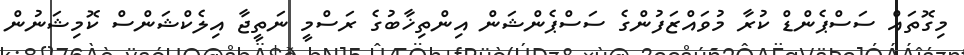
މިގޮތައް ސަސްޕެންޑް ކުރާ މުވައްޒަފުންގެ ސަސްޕެންޝަން އިންތިޚާބުގެ ރަސްމީ ނަތީޖާ އިލެކްޝަންސް ކޮމިޝަނުން